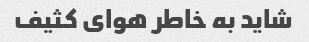
شاید به خاطر هوای کثیف